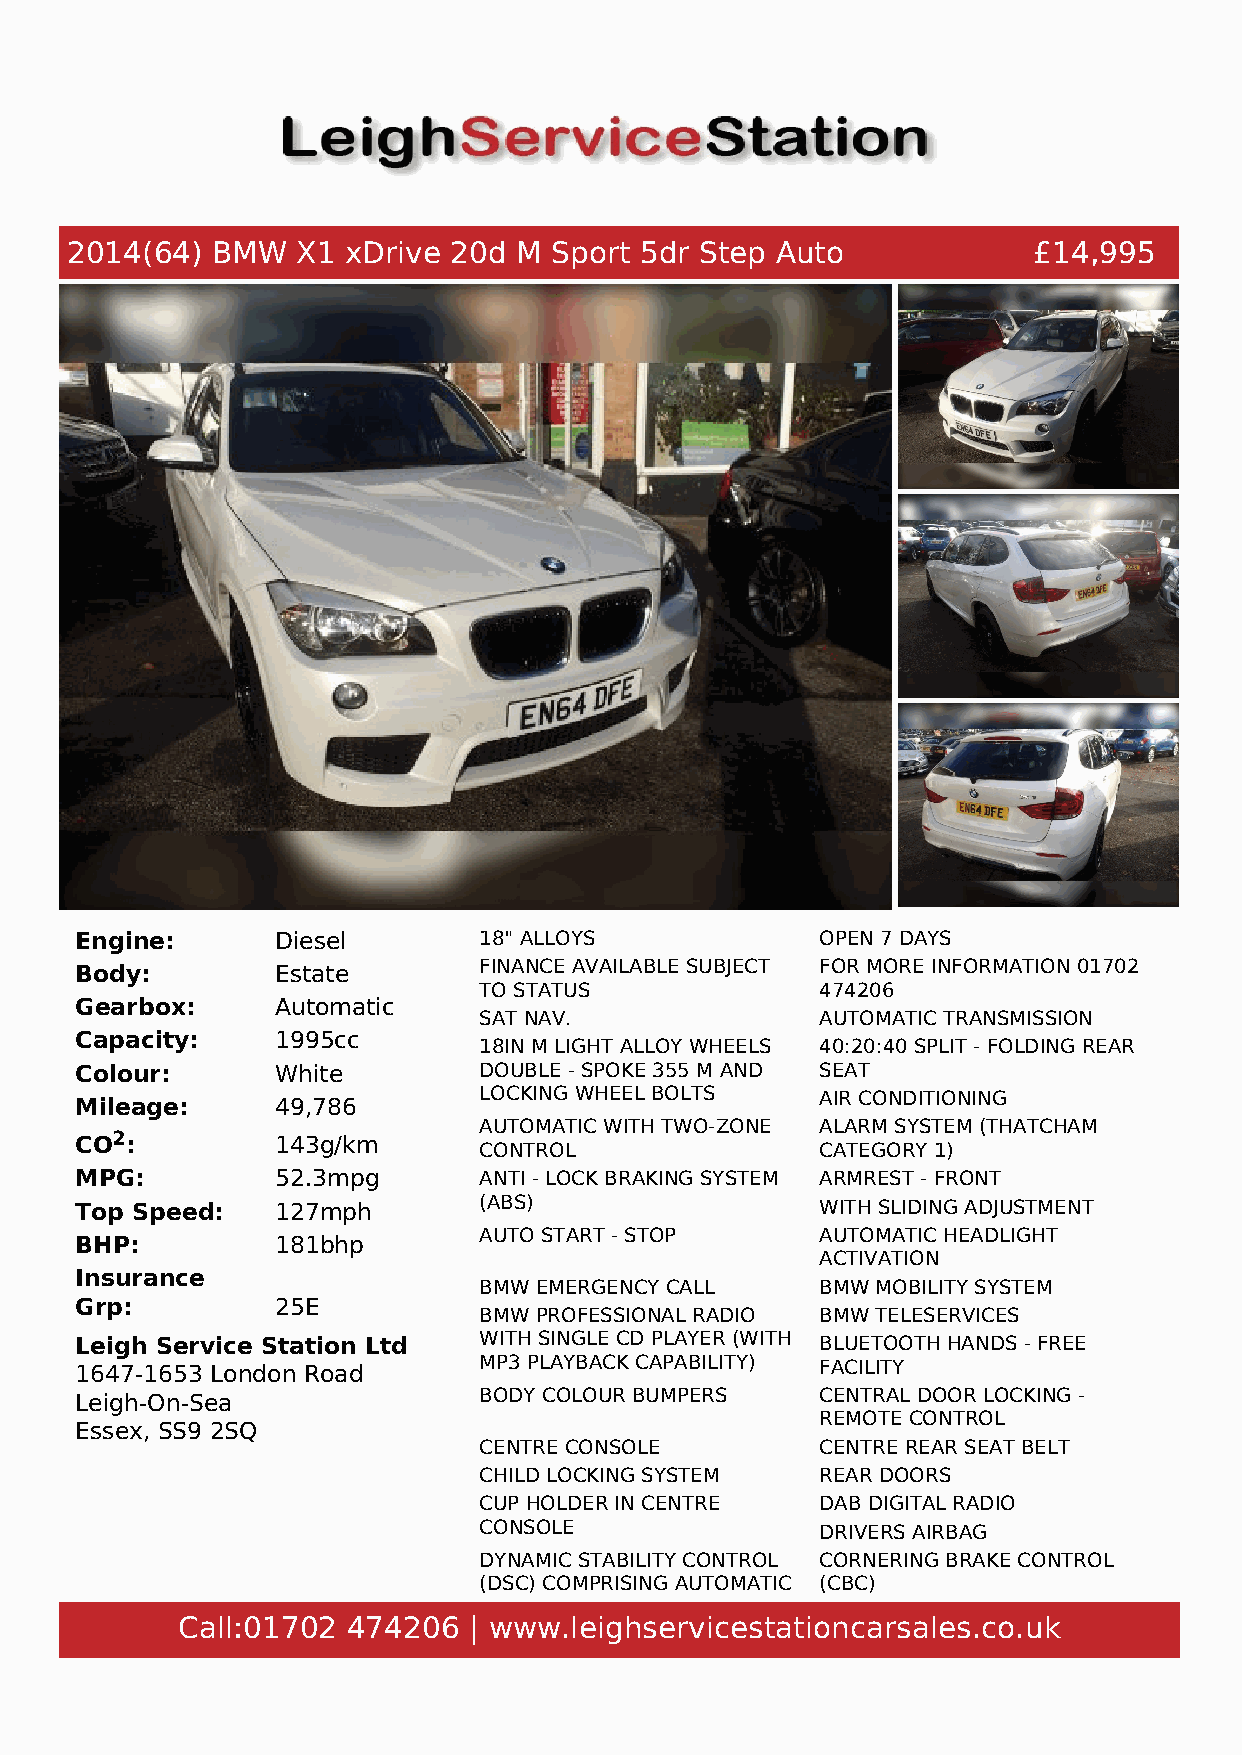
2014(64)  BMW   X1 xDrive 20d M Sport 5dr Step Auto             £14,995
 Engine:      Diesel        18" ALLOYS            OPEN 7 DAYS
 Body:        Estate        FINANCE AVAILABLE SUBJECT FOR MORE INFORMATION 01702
 TO STATUS             474206
 Gearbox:     Automatic
 SAT NAV.              AUTOMATIC TRANSMISSION
 Capacity:    1995cc
 18IN M LIGHT ALLOY WHEELS 40:20:40 SPLIT - FOLDING REAR
 Colour:      White         DOUBLE - SPOKE 355 M AND SEAT
 LOCKING WHEEL BOLTS   AIR CONDITIONING
 Mileage:     49,786
 AUTOMATIC WITH TWO-ZONE ALARM SYSTEM (THATCHAM
 CO2:         143g/km
 CONTROL               CATEGORY 1)
 MPG:         52.3mpg       ANTI - LOCK BRAKING SYSTEM ARMREST - FRONT
 Top Speed:   127mph        (ABS)                 WITH SLIDING ADJUSTMENT
 AUTO START - STOP     AUTOMATIC HEADLIGHT
 BHP:         181bhp
 ACTIVATION
 Insurance
 BMW EMERGENCY CALL    BMW MOBILITY SYSTEM
 Grp:         25E
 BMW PROFESSIONAL RADIO BMW TELESERVICES
 Leigh Service Station Ltd  WITH SINGLE CD PLAYER (WITH BLUETOOTH HANDS - FREE
 1647-1653 London Road      MP3 PLAYBACK CAPABILITY) FACILITY
 Leigh-On-Sea               BODY COLOUR BUMPERS   CENTRAL DOOR LOCKING -
 REMOTE CONTROL
 Essex, SS9 2SQ
 CENTRE CONSOLE        CENTRE REAR SEAT BELT
 CHILD LOCKING SYSTEM  REAR DOORS
 CUP HOLDER IN CENTRE  DAB DIGITAL RADIO
 CONSOLE               DRIVERS AIRBAG
 DYNAMIC STABILITY CONTROL CORNERING BRAKE CONTROL
 (DSC) COMPRISING AUTOMATIC (CBC)
 STABILITY CONTROL (ASC) DYNAMIC BRAKE CONTROL
 Call:01702 474206  | www.leighservicestationcarsales.co.uk
 (DBC)
 DYNAMIC TRACTION CONTROL ELECTRIC WINDOWS - FRONT